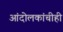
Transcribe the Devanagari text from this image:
आंदोलकांचीही